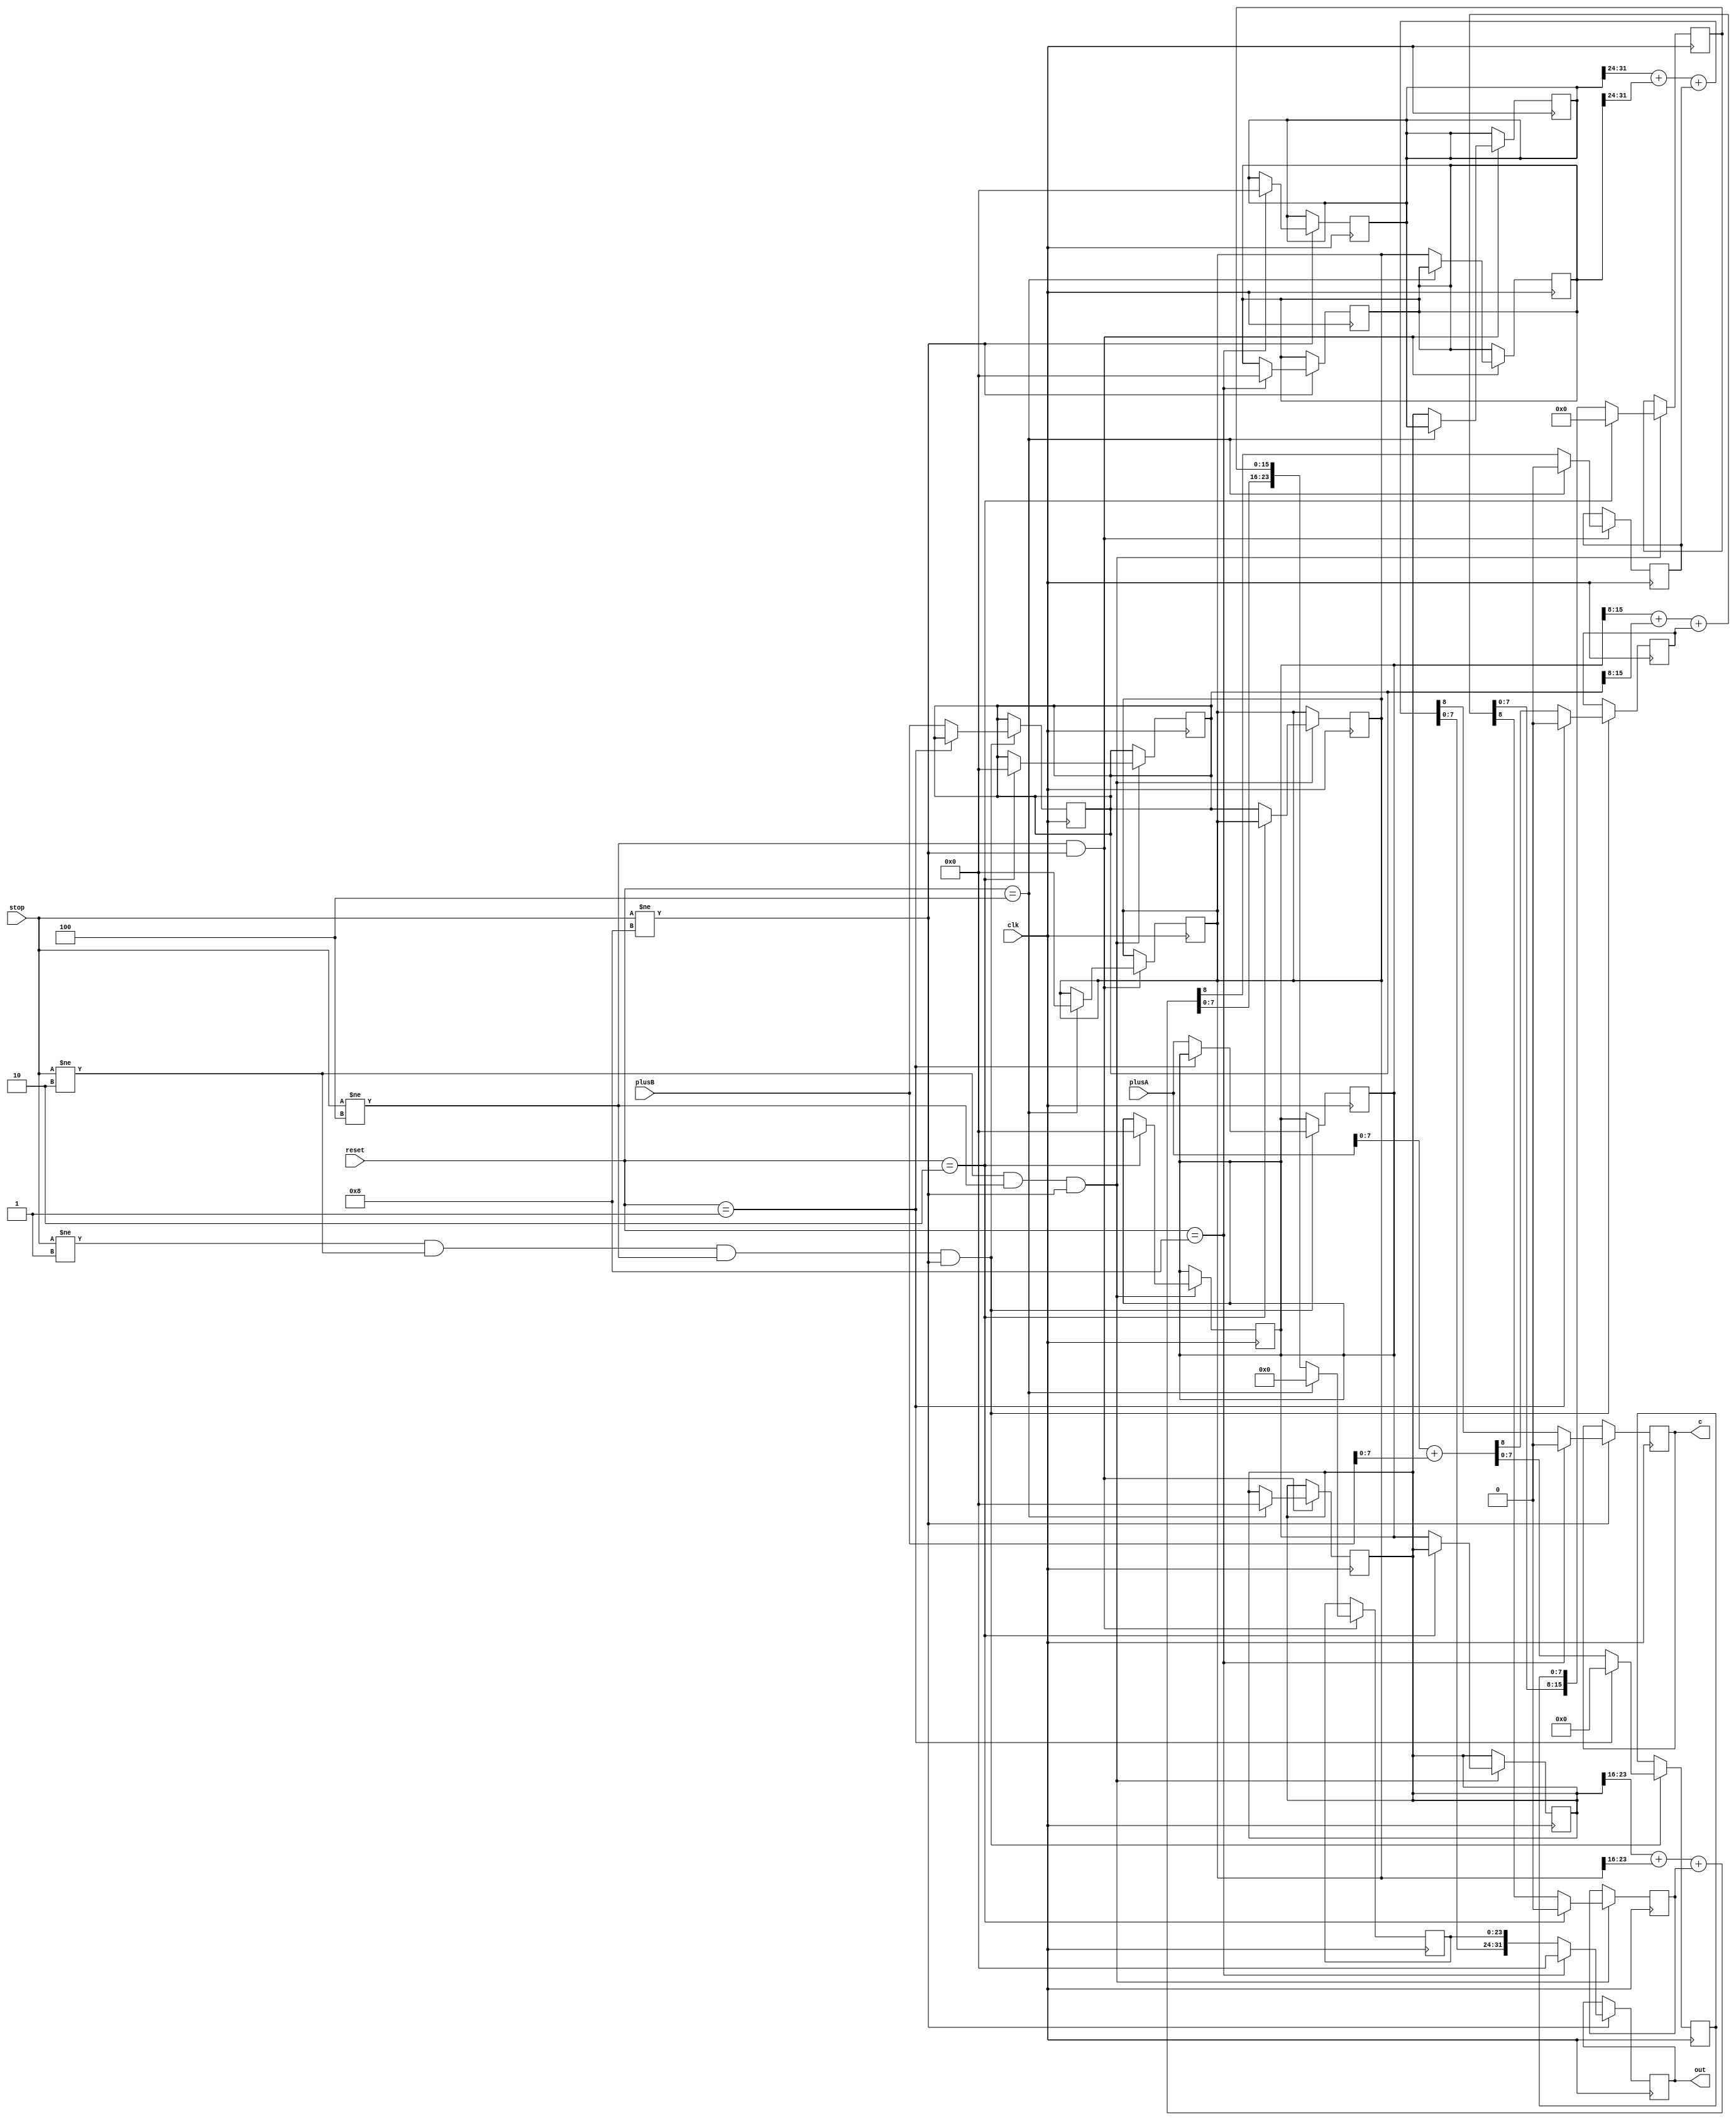
`timescale 1ns / 1ps
//////////////////////////////////////////////////////////////////////////////////
// Company: 
// Engineer: 
// 
// Design Name: 
// Module Name: plusWaterw
// Project Name: 
// Target Devices: 
// Tool Versions: 
// Description: 
// 
// Dependencies: 
// 
// Revision:
// Revision 0.01 - File Created
// Additional Comments:
// 
//////////////////////////////////////////////////////////////////////////////////


module plusWaterw(
    input [31:0] plusA,
    input [31:0] plusB,
    input clk,
    input [3:0] reset,
    input [3:0] stop,
    output [31:0] out,
    output c
    );
    reg c1;
    reg c2;
    reg c3;
    reg c4;
    reg [7:0] plus1;
    reg [15:0] plus2;
    reg [23:0] plus3;
    reg [31:0] plus4;
    
    reg [31:0] plusA2; 
    reg [31:0] plusA3;  
    reg [31:0] plusA4;   
    reg [31:0] plusB2;  
    reg [31:0] plusB3;  
    reg [31:0] plusB4;     
    

    
    always@(posedge clk)begin
        if(stop!=4'b0001 && stop!=4'b0010 && stop!= 4'b0100 && stop!=4'b1000)begin
            if(reset==4'b0001)begin
                plus1<=8'b00000000;
                c1<=1'b0;
            end else begin
                {c1,plus1}<={1'b0,plusA[7:0]} + {1'b0,plusB[7:0]};
                plusA2<=plusA;
                plusB2<=plusB;
            end    
        end else begin
              plus1<=plus1;
              c1<=c1;
        end   
    end
    
    always@(posedge clk)begin
        if(stop!=4'b0010 && stop!= 4'b0100 && stop!=4'b1000)begin
            if(reset==4'b0010)begin
                plus2<=8'b00000000;
                c2<=1'b0;
                plusA2<=32'h00;
                plusB2<=32'h00;
            end else begin 
                {c2,plus2}<={{1'b0,plusA2[15:8]} + {1'b0,plusB2[15:8]} + c1 , plus1};
                plusA3<=plusA2;
                plusB3<=plusB2;
            end
        end else begin
           plus2<=plus2;
           c2<=c2;
        end          
    end
    
    always@(posedge clk)begin
        if(stop!= 4'b0100 && stop!=4'b1000)begin
            if(reset==4'b0100)begin
                plus3<=8'b00000000;
                c3<=1'b0;
                plusA3<=32'h00;
                plusB3<=32'h00;
            end else begin
                {c3,plus3}<= {{1'b0,plusA3[23:16]} + {1'b0,plusB3[23:16]} + c2, plus2};
                plusA4<=plusA3;
                plusB4<=plusB3;
            end 
        end else begin
            plus3<=plus3;
            c3<=c3;
       end         
    end
    
    always@(posedge clk)begin
        if(stop!=4'b1000)begin
            if(reset==4'b1000)begin
                plus4<=8'b00000000;
                c4<=1'b0;
                plusA4<=32'h00;
                plusB4<=32'h00;
            end else begin
                {c4,plus4}<= {{1'b0,plusA4[31:24]} + {1'b0,plusB4[31:24]} + c3, plus3};
            end
        end else begin
            plus4<=plus4;
            c4<=c4;
        end         
    end
    
    assign out = plus4;
    assign c = c4;
    
endmodule